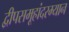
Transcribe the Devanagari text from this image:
द्वीपसमूहांदरम्यान